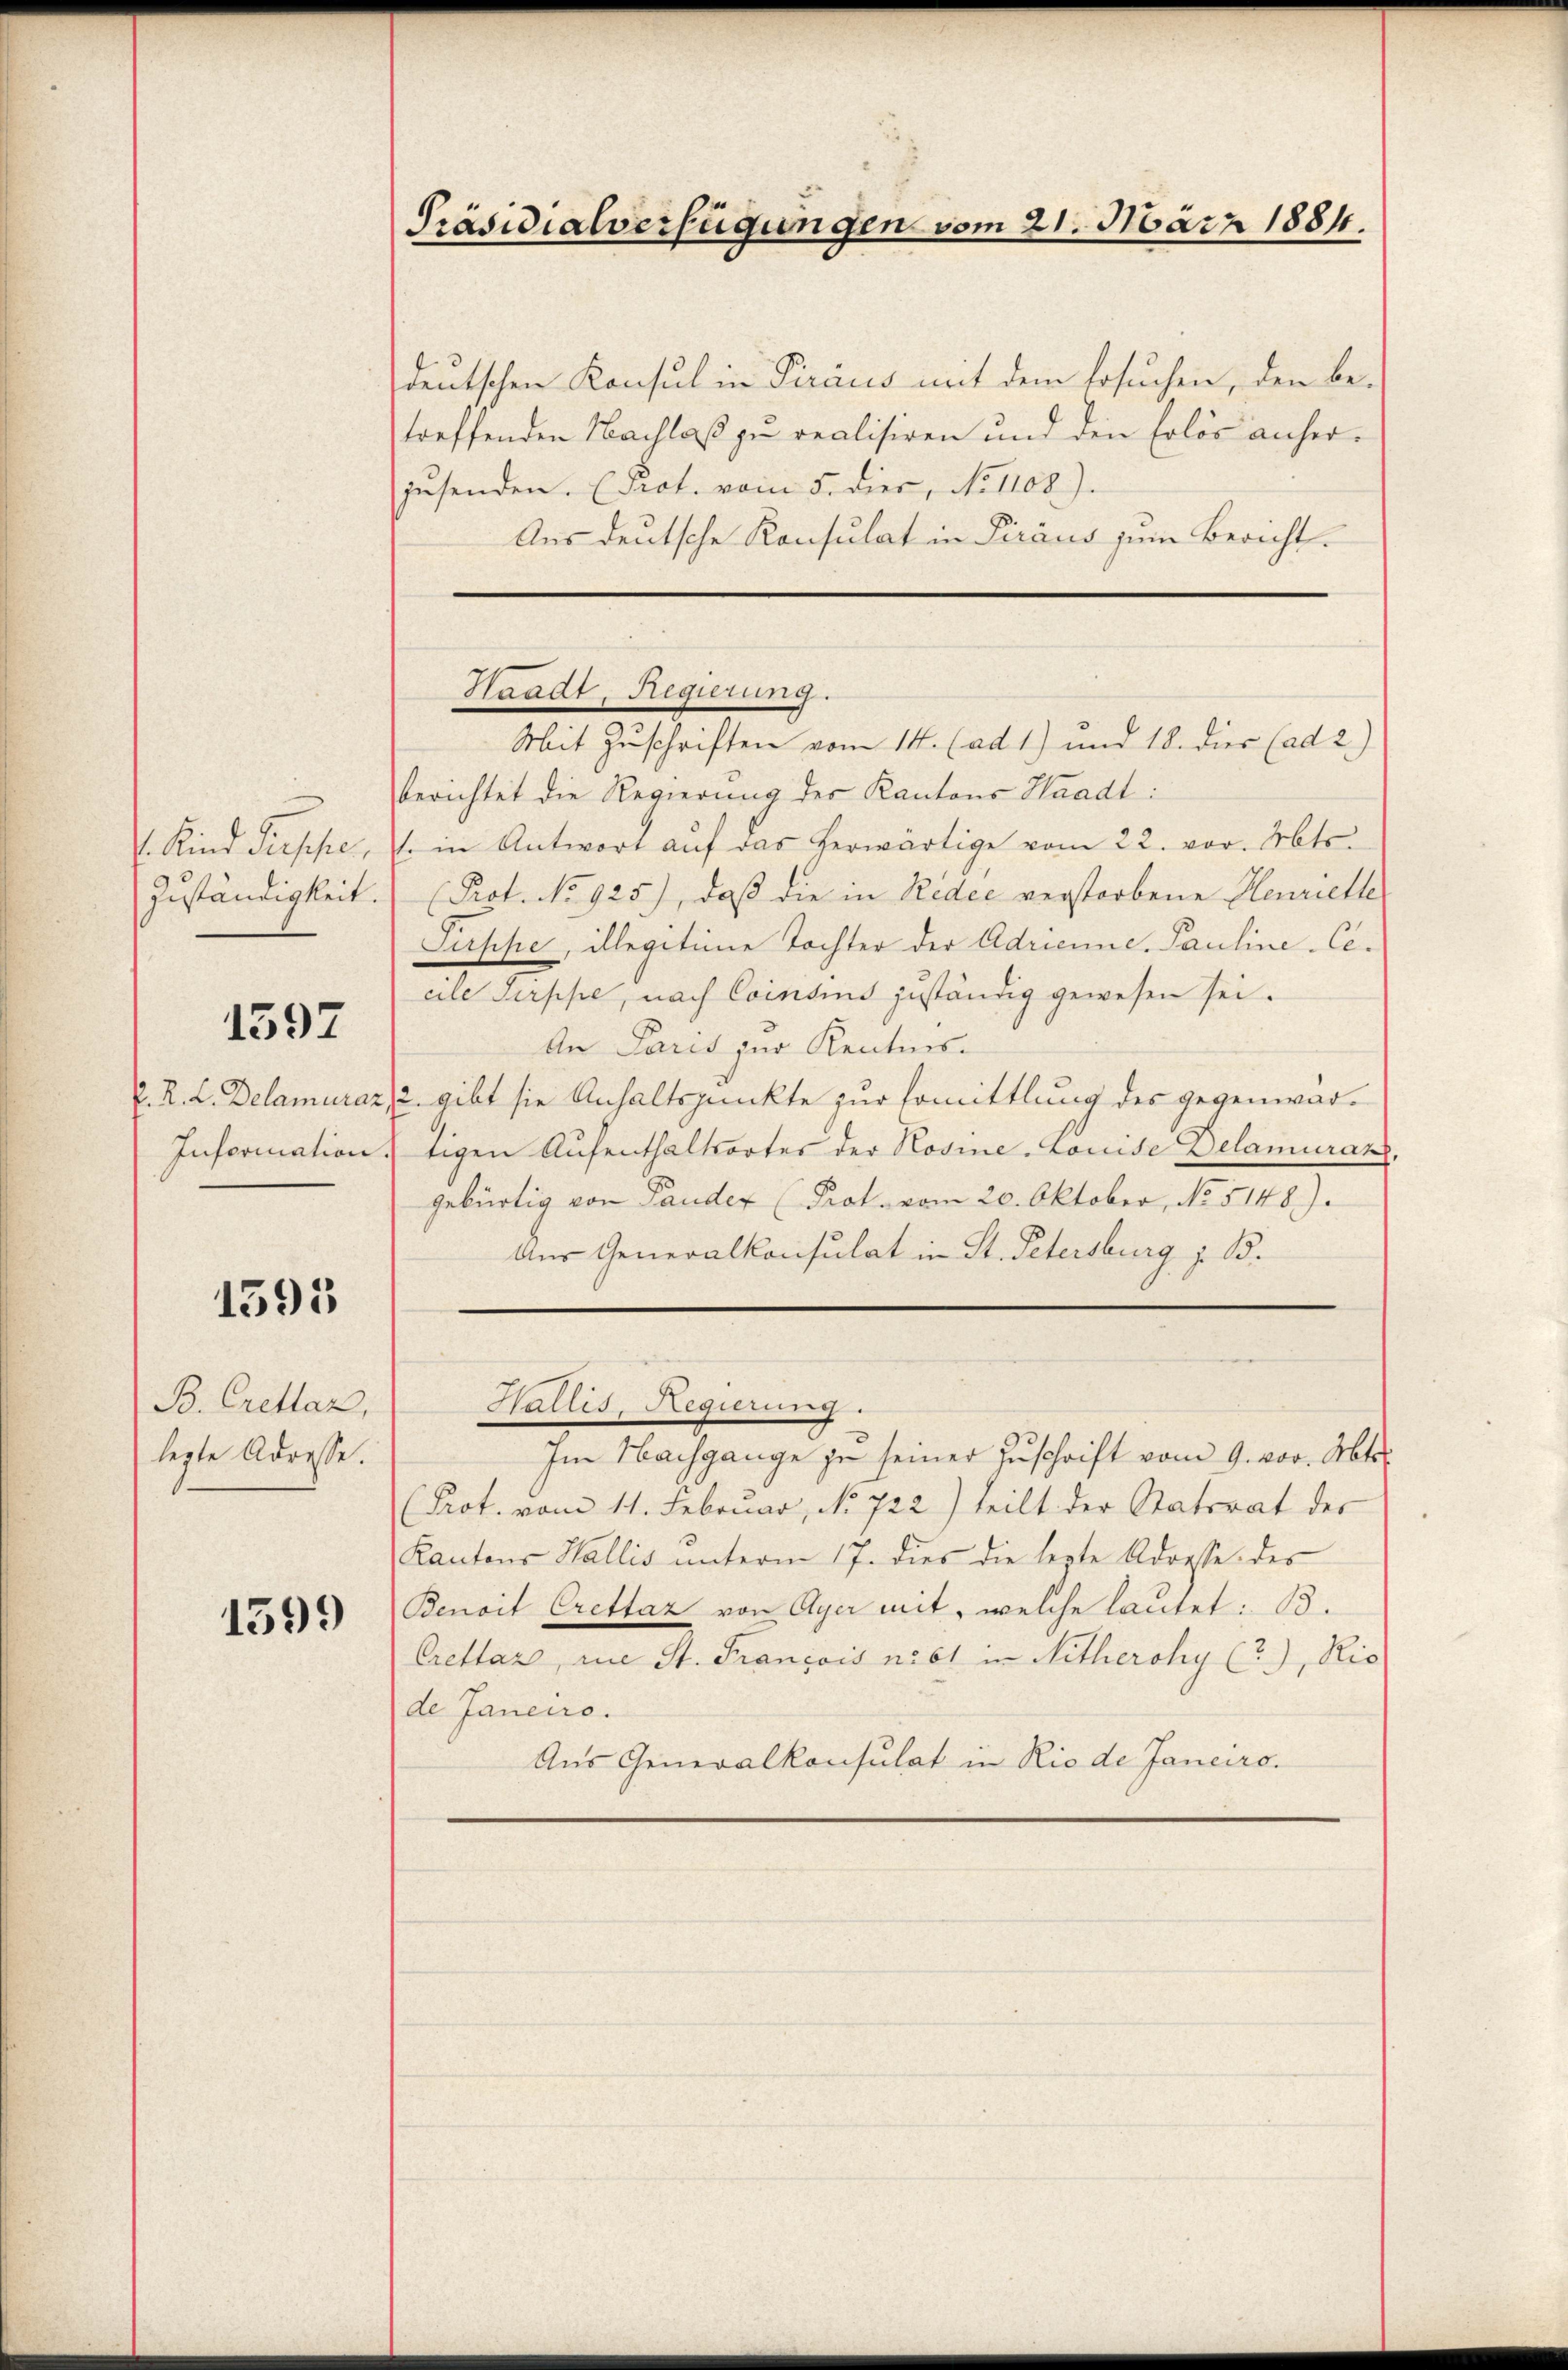
V. Kind diessen,

1397

1595

B. Crettaz,
legte Adresse.

1599)

deutschen Konsul in Piraus mit dem Ersuchen, den betreffenden Nachlaß zu realisiren und den Erlös anherjŭsenden. (Prot. vom 5. dies, No 1108).
Aus deutsche Konsulat in Piraus zum Bericht.

Präsidialverfügungen vom 21. März 1884.

berichtet die Regierung der Kantons Waadt:
t. in Antwort aŭf das herwärtige vom 22. vor. Mts.
Zuständigkeit. Prot. No 925), daß die in Ridee verstorbene Henriethe
Sippe, illegitime Tochter der Adrianne, Pauline-Cecile Serppe, nach Consins zuständig gewesen sei.
An Paris zur Kentnis-
P. R. L. Delamuraz, 2. gibt sie Anhaltspunkte zur Ermittlung des gegenwär¬
Information. tigen Aufenthaltsortes der Rosine-Louise Delamuranz,
gebürtig von Pander (Prot. vom 20. Oktober, No. 5148).
Aus Generalkonsulat in St. Petersburg z. B.

Waadt, Regierung.
Mit Zuschriften vom 14. (ad 1) und 18. dies (ad 2.)

Im Nachgange zu seiner Zuschrift vom 9. vor. Mts.
(Prot. vom 11. Februar, No 722) teilt der Statorat der
Kantons Wallis ŭnterm 17. dies die lezte Adresse des
Benoit Crettaz von Ayer mit, welche lautet: B.
Crettar, die St. François nist in Nitherohy (?), Rio
de Janeiro.
Aus Generalkonsulat in Rio de Janeiro.

Wallis, Regierung.